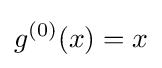
g^{(0)}(x)=x